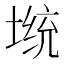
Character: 𡎭